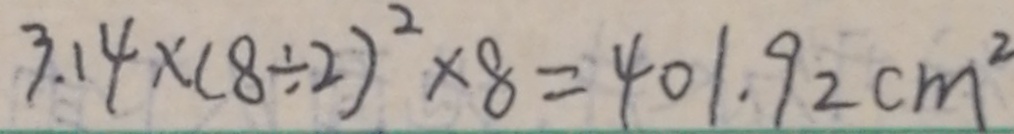
3 . 1 4 \times ( 8 \div 2 ) ^ { 2 } \times 8 = 4 0 1 . 9 2 c m ^ { 2 }